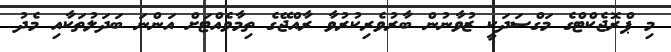
މި ޕްރޮޖެކްޓްގެ މަގްސަދަކީ ޒުވާނުން ބާރުވެރިކުރުވާ ރާއްޖޭގެ ތިމާވެއްޓަށް އަންނަ ބަދަލުތަކާއި މެދު